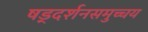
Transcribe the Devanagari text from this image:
षड्दर्शनसमुच्चय